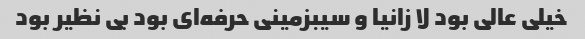
خیلی عالی بود لا زانیا و سیبزمینی حرفه‌ای بود بی نظیر بود